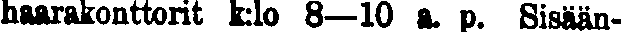
haarakonttorit klo 8—10 a. p. Sisään-